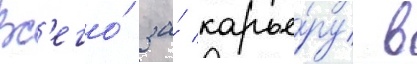
Вс'его́ за́ карье́ру в